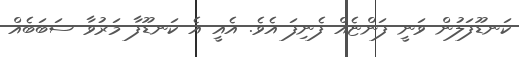
ކަނޑޫފަލުން ވަނީ ފަންޏެއް ފެނިފަ އެވެ. އެއީ އެ ކަނޑޫފާ މަރުވާ ސަބަބެއް